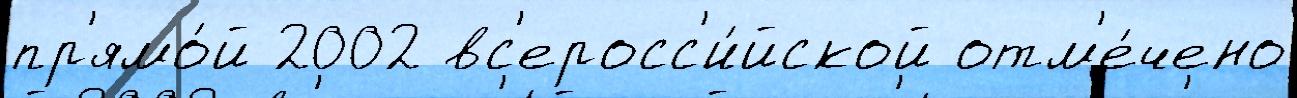
пр'ямо́й 2002 вс'еросс'и́йской отм'е́чено